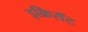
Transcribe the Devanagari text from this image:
इक्रिसॅट